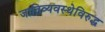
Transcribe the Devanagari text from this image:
जातिव्यवस्थेविरुद्ध